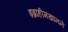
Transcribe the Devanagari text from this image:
इब्राहीमखानने